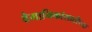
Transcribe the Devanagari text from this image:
वैमानिकांसाठीच्या